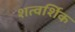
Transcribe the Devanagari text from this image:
शत्वर्शिक